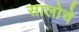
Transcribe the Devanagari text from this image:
सालोचे